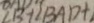
\angle B + \angle B A D +